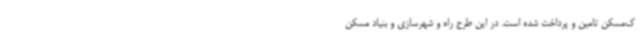
ک‌مسکن تامین و پرداخت شده است. در این طرح راه و شهرسازی و بنیاد مسکن